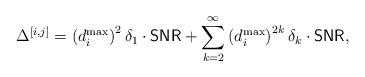
LaTeX: \begin{align*} \Delta^{[i,j]} = \left(d^{\max}_i\right)^2\delta_1\cdot\mathsf{SNR} + \sum_{k=2}^{\infty}\left(d^{\max}_i\right)^{2k}\delta_k\cdot \mathsf{SNR},\end{align*}